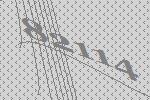
82114